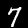
Digit: 7